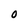
Character: 0